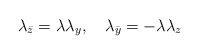
\begin{align*}\lambda_{\bar z}=\lambda \lambda_y,\quad\lambda_{\bar y}=-\lambda \lambda_z\end{align*}